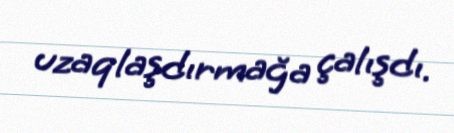
uzaqlaşdırmağa çalışdı.